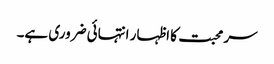
سر محبت کا اظہار انتہائی ضروری ہے۔